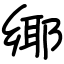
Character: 鄊